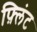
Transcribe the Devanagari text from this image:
फ़्लिंट